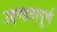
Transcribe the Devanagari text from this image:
उद्दण्डतापूर्ण